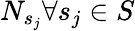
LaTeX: N_{s_{j}}\forall s_{j}\in S